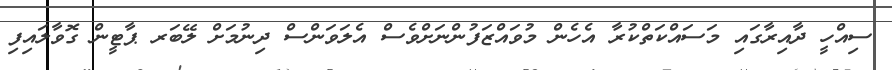
ސިއްހީ ދާއިރާގައި މަސައްކަތްކުރާ އެހެން މުވައްޒަފުންނަށްވެސް އެލަވަންސް ދިނުމަށް ލޭބަރ ޕާޓީން ގޮވާލައިފި